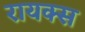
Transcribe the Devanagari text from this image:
रायक्स